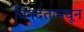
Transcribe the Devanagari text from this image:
विषदंतामधून